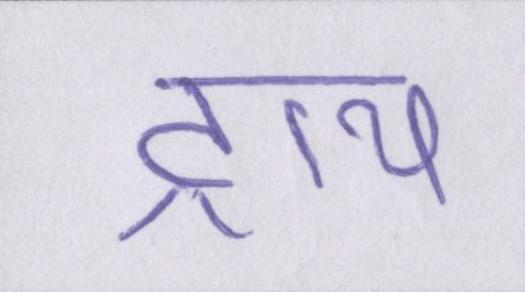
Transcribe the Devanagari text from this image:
ट्राय